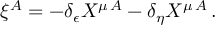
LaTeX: \xi ^ { A } = - \delta _ { \epsilon } X ^ { \mu \, A } - \delta _ { \eta } X ^ { \mu \, A } \, .